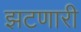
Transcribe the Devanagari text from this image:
झटणारी